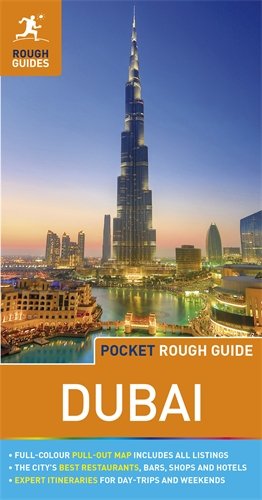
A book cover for Pocket Rough Guide Dubai (Rough Guide Pocket Guides); Gavin Thomas; Travel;